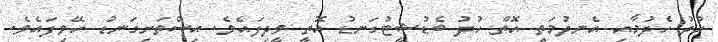
ހުދު ހެދުމާއި އެނދުމަތީ އޮތް ހުދު ބެޑުޝީޓުގަނޑު އޮތީ ވީދިފައެވެ. އިސްތަށިގަނޑު ހޭވިފައެވެ.